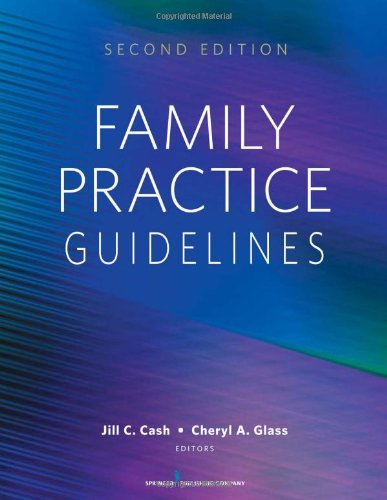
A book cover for Family Practice Guidelines: Second Edition; Jill C. Cash MSN  APN  FNP-BC; Medical Books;